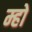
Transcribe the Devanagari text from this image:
म्हो